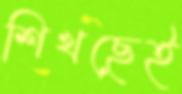
শিখছেই